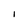
Character: I